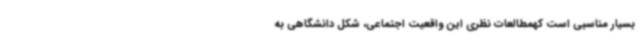
بسیار مناسبی است کهمطالعات نظری این واقعیت اجتماعی، شکل دانشگاهی به